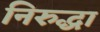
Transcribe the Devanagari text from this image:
निरुद्धा